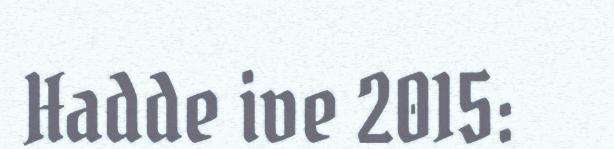
Hadde ive 2015: